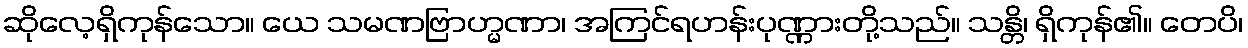
ဆိုလေ့ရှိကုန်သော။ ယေ သမဏဗြာဟ္မဏာ၊ အကြင်ရဟန်းပုဏ္ဏားတို့သည်။ သန္တိ၊ ရှိကုန်၏။ တေပိ၊